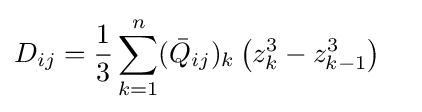
D_{ij}={\frac {1}{3}}\sum _{k=1}^{n}({\bar {Q}}_{ij})_{k}\left(z_{k}^{3}-z_{k-1}^{3}\right)\quad